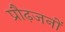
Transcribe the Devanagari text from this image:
प्रौढ़जनों